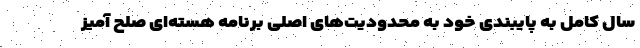
سال کامل به پایبندی خود به محدودیت‌های اصلی برنامه هسته‌ای صلح آمیز